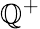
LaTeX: \mathbb{Q}^{+}